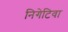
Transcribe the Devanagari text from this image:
निगेटिवा